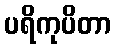
ပရိကုပိတာ